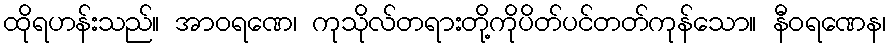
ထိုရဟန်းသည်။ အာဝရဏေ၊ ကုသိုလ်တရားတို့ကိုပိတ်ပင်တတ်ကုန်သော။ နီဝရဏေန၊